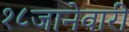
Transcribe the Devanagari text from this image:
१८जानेवारी